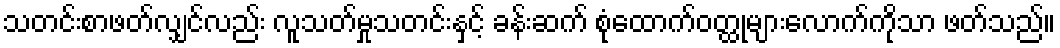
သတင်းစာဖတ်လျှင်လည်း လူသတ်မှုသတင်းနှင့် ခန်းဆက် စုံထောက်ဝတ္ထုများလောက်ကိုသာ ဖတ်သည်။